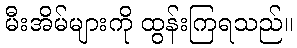
မီးအိမ်များကို ထွန်းကြရသည်။